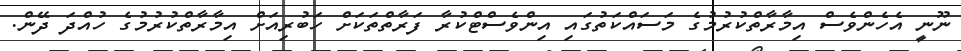
ނޫނީ އެހެންވެސް އިމާރާތްކުރުމުގެ މަސައްކަތުގައި އިންވެސްޓްކުރާ ފަރާތްތަކަށް ހަބުރިއަށް އިމާރާތްކުރުމުގެ ހުއްދަ ދޭން.